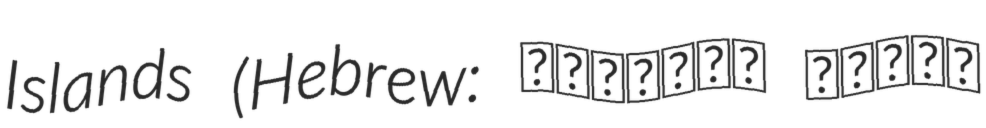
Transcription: Islands (Hebrew: הישרדות האיים